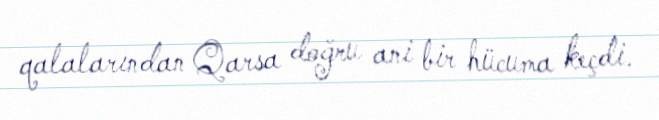
qalalarından Qarsa doğru ani bir hücuma keçdi.